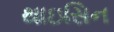
થાઇસિન